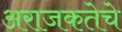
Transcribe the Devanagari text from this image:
अराजकतेचे